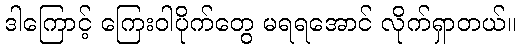
ဒါကြောင့် ကြေးဝါပိုက်တွေ မရရအောင် လိုက်ရှာတယ်။